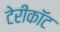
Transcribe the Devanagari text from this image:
टेरीकॉट